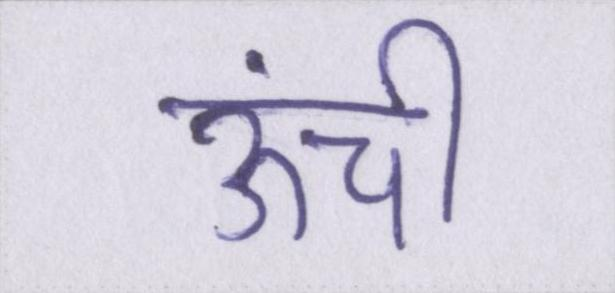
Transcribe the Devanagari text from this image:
ऊंची